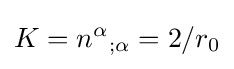
K={n^{\alpha }}_{;\alpha }=2/r_{0}